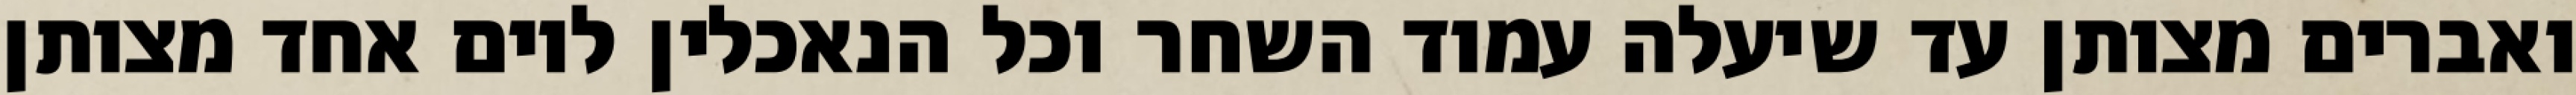
ואברים מצותן עד שיעלה עמוד השחר וכל הנאכלין ליום אחד מצותן